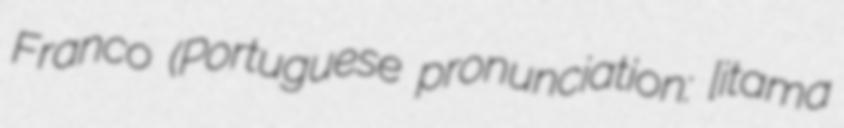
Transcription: Franco (Portuguese pronunciation: [itaˈmaʁ